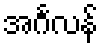
အင်္ဂလန်